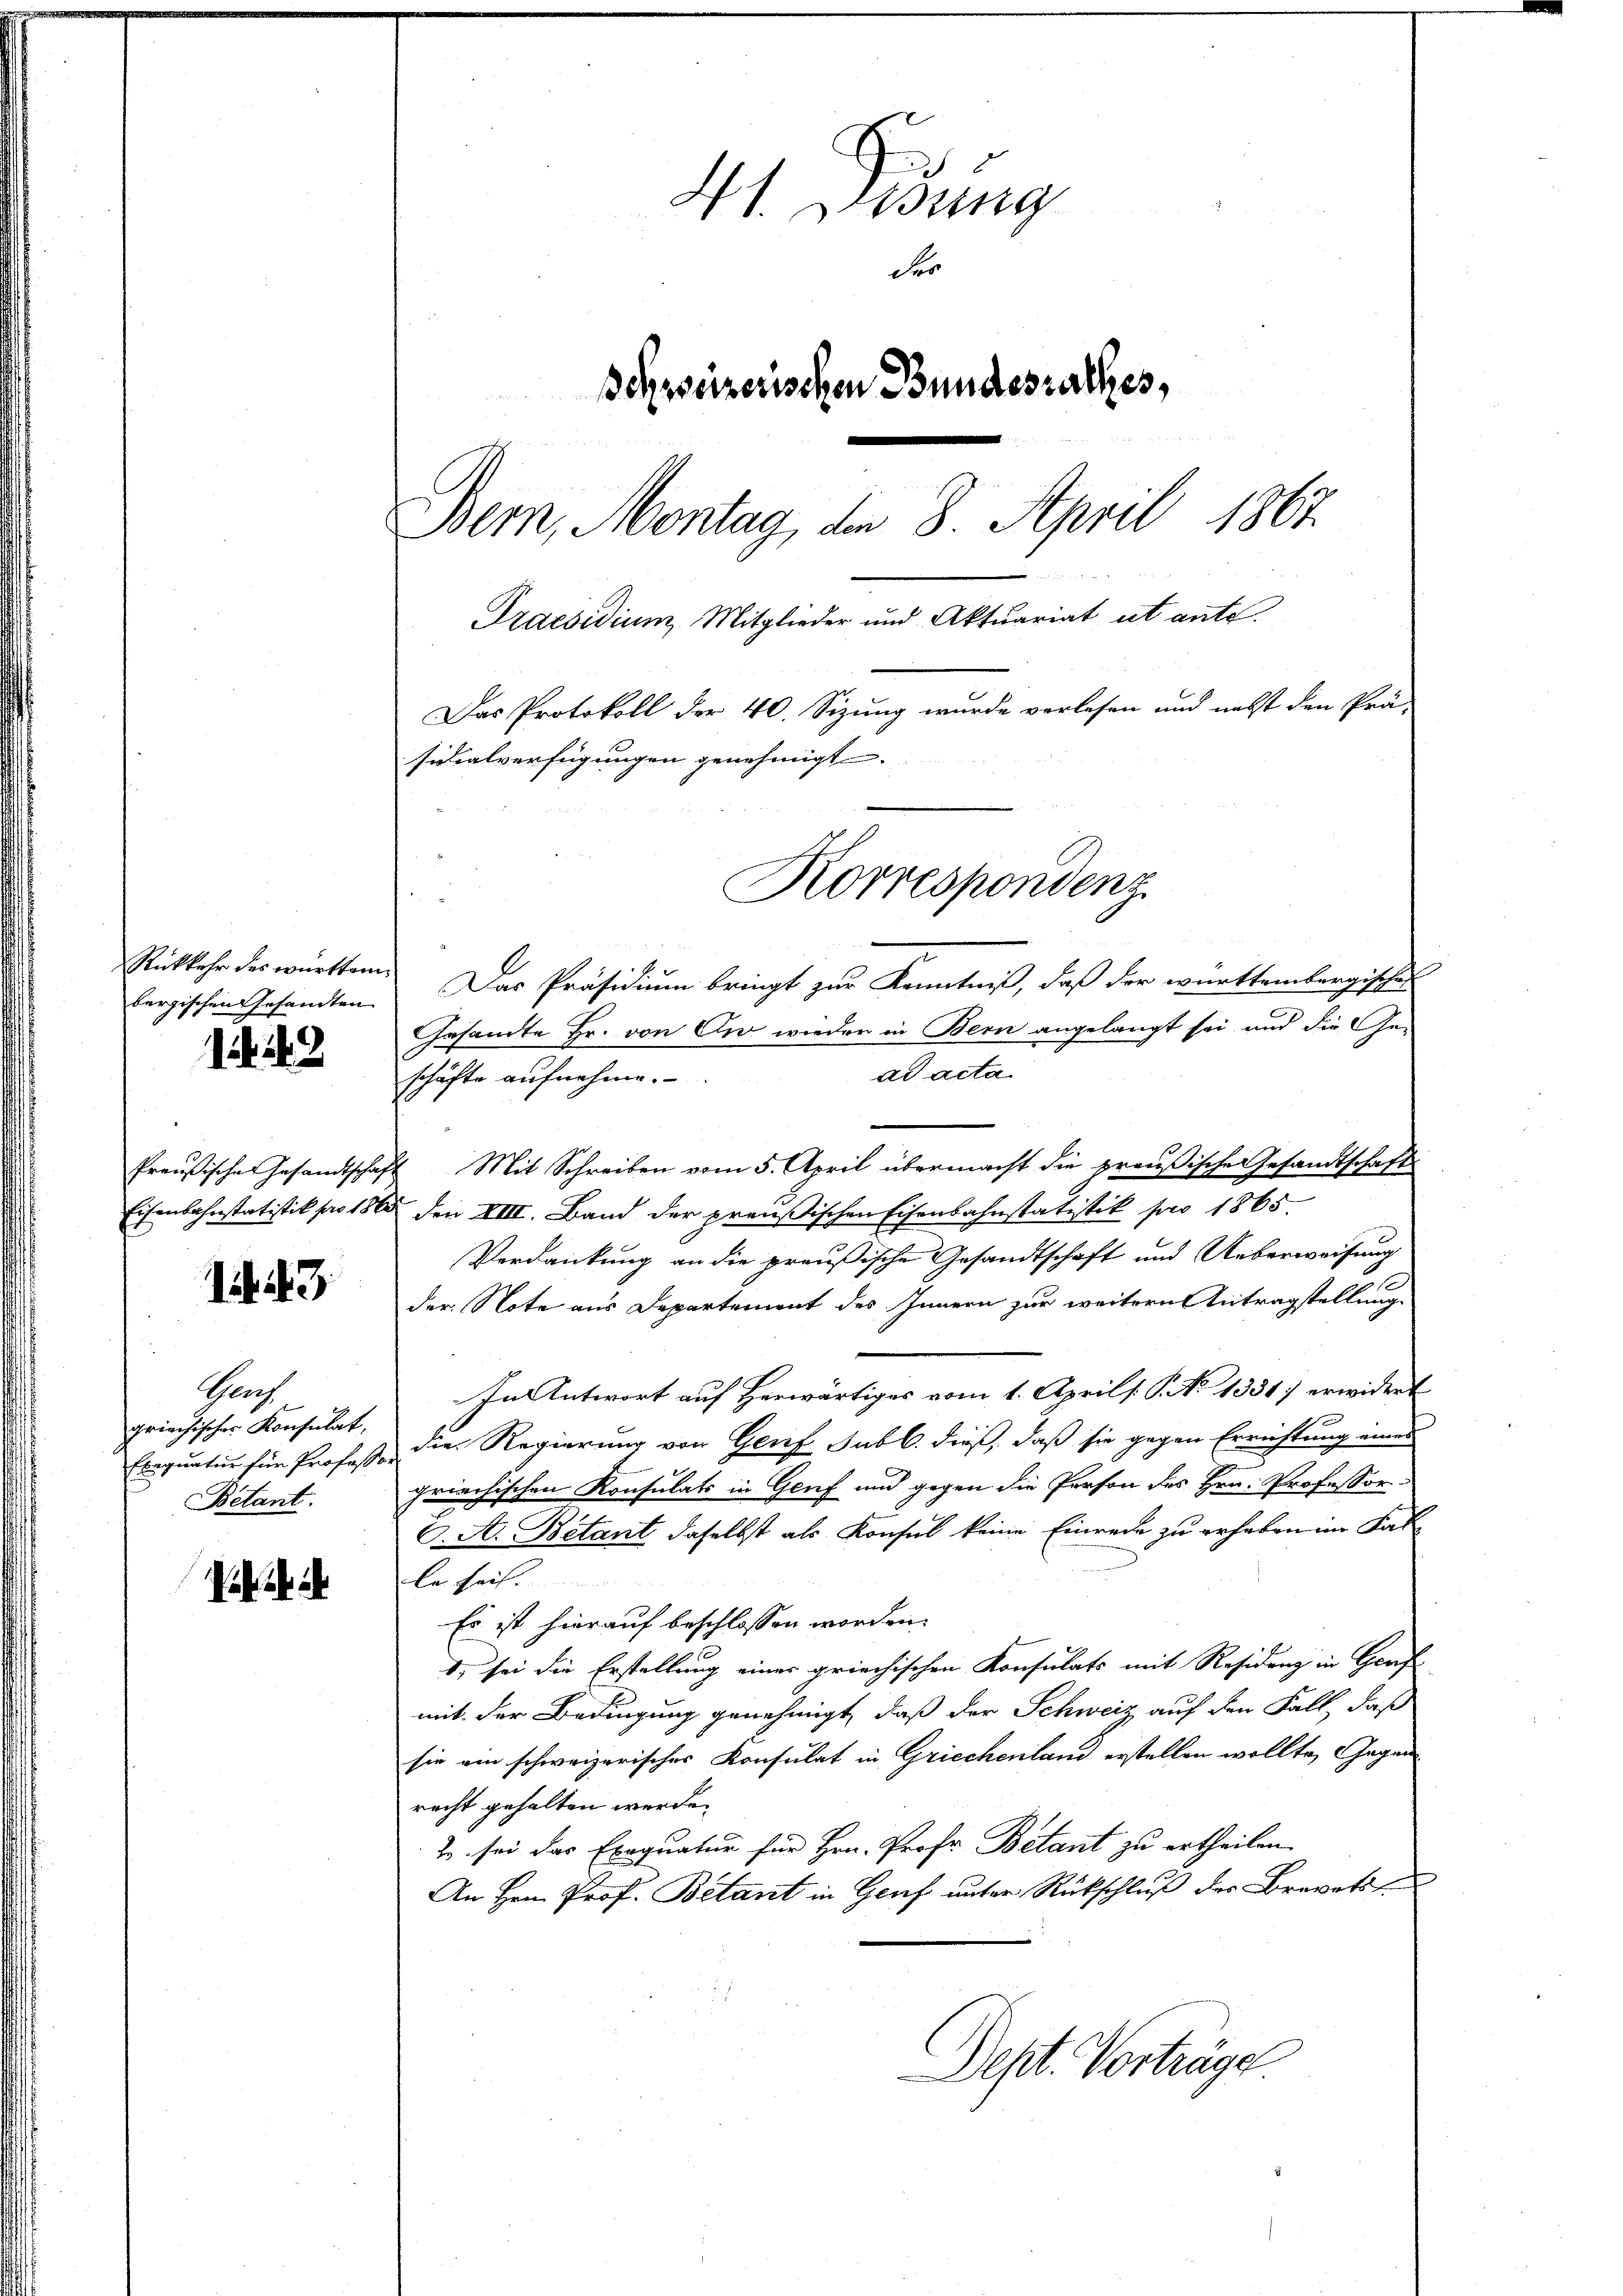
Rückkehr des württem
bergischen Gesandten

1 42

Preußische Gesandtschaf
Eisenbahnstatistik pro 186

43

Graf
griechischer Konsulat,
Exequatur für Professo
Betant.

Hl. Satzung
Fer
Schweizerischen Bundesrathes,
Bern, Montag, den 8. April 1867.
Praesidium, Mitglieder und Aktuariat ut ante.
Das Protokoll der 40. Sizung wurde vorlesen und nebst den Prä-
sicialverfügungen genehmigt.

Korrespondenz.

Das Präsidium bringt zur Kenntniß, daß der württembergisches
Gesandte Hr. von Dir wieder in Bern angelangt sei und die Ge-
ad acta
schäfte aufnehme.
2 Mit Schreiben vom 5. April übermacht die preußische Gesandtschafts
den VIII. Band der preußischen Eisenbahnstatistik pro 1865.
Verdankung an die preußische Gesandtschaft und Ueberweisung
.
der Note aus Departement des Innern zur weitern Antragstellung
In Antwort auf Herwärtiges vom 1. April [ P. No 1331) erwidert
die Regierung von Genf subl. dieß, daß sie gegen Errichtung eines
griechischen Konsulats in Genf und gegen die Person des Hrn. Professor¬
C. A. Bétant daselbst als Konsul keine Einrede zu erheben im Falle sei.
Es ist hierauf beschlossen worden.
1, sei die Erstellung einer griechischen Konsulats mit Residenz in Genf
mit der Bedingung genehmigt, daß der Schweiz auf den Fall, daß
sie ein schweizerisches Konsulat in Griechenland erstellen wollte, Gegen
recht gehalten werde.
s sei das Exequatur für Hrn. Prof. Betant zu ertheilen.
An Hern Prof. Betant in Graf unter Rückschluß der Brevets
Dept. Vorträge